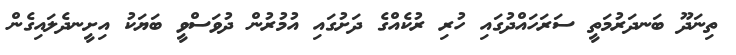
ތިނަދޫ ބަނދަރުމަތީ ސަރަހައްދުގައި ހުރި ރުކެއްގެ ދަށުގައި އުމުރުން ދުވަސްވީ ބަޔަކު އިށީނދެލައިގެން